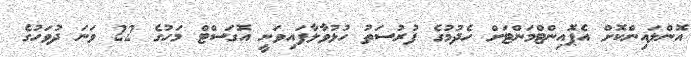
އޮންލައިންކޮށް އެޕޮއިންޓްމަންޓަށް ހެދުމުގެ ފުރުސަތު ހުޅުވާލާފައިވަނީ އޮގަސްޓް މަހުގެ 22 ވަނަ ދުވަހުގެ